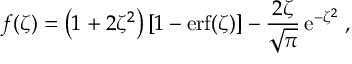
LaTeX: f ( \zeta ) = \left( 1 + 2 \zeta ^ { 2 } \right) [ 1 - \mathrm { e r f } ( \zeta ) ] - \frac { 2 \zeta } { \sqrt { \pi } } \, \mathrm { e } ^ { - \zeta ^ { 2 } } \; ,